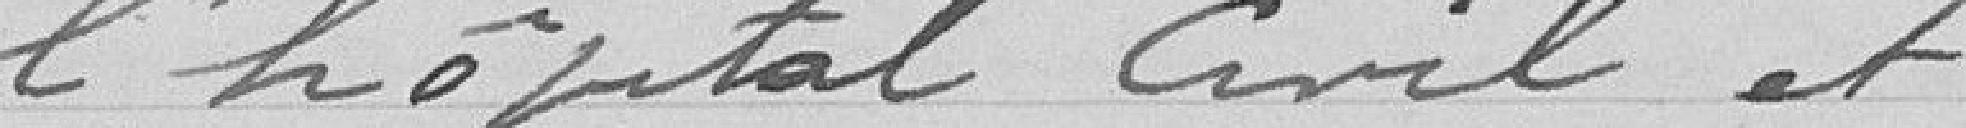
l'hopital Civil et